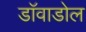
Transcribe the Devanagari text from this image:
डाॅवाडोल